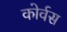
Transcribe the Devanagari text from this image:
कोर्वस